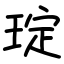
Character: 琔